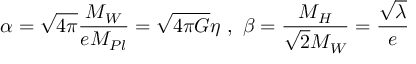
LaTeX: \alpha = \sqrt { 4 \pi } \frac { M _ { W } } { e M _ { P l } } = \sqrt { 4 \pi G } \eta \ , \ \beta = \frac { M _ { H } } { \sqrt { 2 } M _ { W } } = \frac { \sqrt { \lambda } } { e }